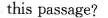
this passage?